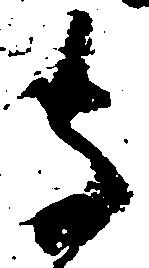
寺